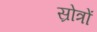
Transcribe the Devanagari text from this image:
स्रोत्रों